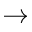
\to